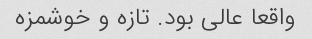
واقعا عالی بود. تازه و خوشمزه